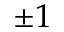
\pm 1